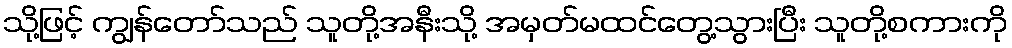
သို့ဖြင့် ကျွန်တော်သည် သူတို့အနီးသို့ အမှတ်မထင်တွေ့သွားပြီး သူတို့စကားကို